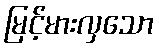
မြင့်မားလှသော